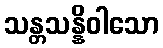
သန္တသန္နိဝါသော